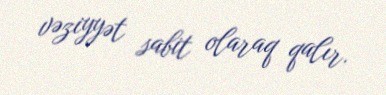
vəziyyət sabit olaraq qalır.